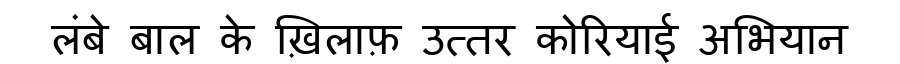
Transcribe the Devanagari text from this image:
लंबे बाल के ख़िलाफ़ उत्तर कोरियाई अभियान